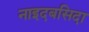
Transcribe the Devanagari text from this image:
नाइदबसिदा